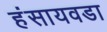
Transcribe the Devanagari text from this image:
हंसायवडा